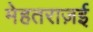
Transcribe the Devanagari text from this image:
मेहतराज़ई